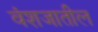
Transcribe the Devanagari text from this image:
वंशजातील